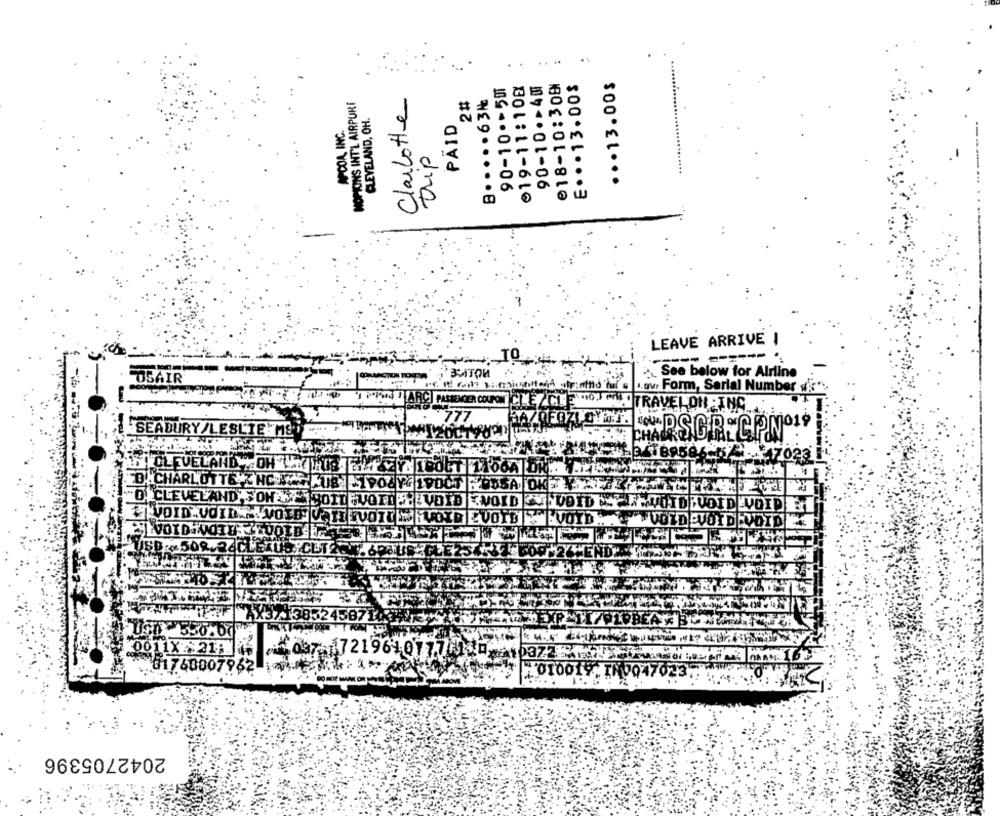
... 13.00$
90-10.>507
019-11:10E
90-10.>40
018-10:308
E .. . 13. 00$
Charlotte
B ..... 63N
HOPKINS INT'L AIRPURE
CLEVELAND, OH.
APCOA, INC.
PAID
trip
LEAVE ARRIVE
See below for Alrline
"OSAIR
L.av. Form, Serial Number ve".
ASSENCIER COUPON
TRAVEL ON :ING
SEADURY/LESL
GR.C.P.Nº1*
CLEVELAND
62- 17023
FDACHARLOTTE, NC ... YKTB -TPOZY- 19
"D. CLEVELAND,SOM METROID
VE
I'D
VOID
DIDPUOIDEVOID
VOID ZVOTE
EVOYD
in .VOID .VOID ES
USB: 508.24CLEXUS CUT26
REGLE25
AX3/1385245871
Ax3.
0011X 211 15
1721961.01771 0 10372.
01760007962 1
023.
2042705396